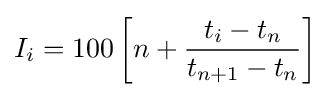
I_{i}=100\left[n+{\frac {t_{i}-t_{n}}{t_{n+1}-t_{n}}}\right]